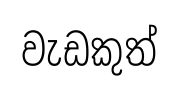
වැඩකුත්